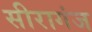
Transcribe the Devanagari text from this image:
सीरागंज